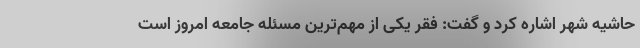
حاشیه شهر اشاره کرد و گفت: فقر یکی از مهم‌ترین مسئله جامعه امروز است